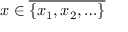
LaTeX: x \in { \overline { { \{ x _ { 1 } , x _ { 2 } , \ldots \} } } }